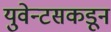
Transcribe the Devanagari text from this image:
युवेन्टसकडून